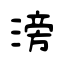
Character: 滂